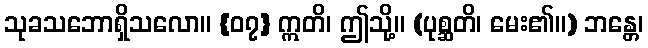
သုခသဘောရှိသလော။ {၀၇} ဣတိ၊ ဤသို့။ (ပုစ္ဆတိ၊ မေး၏။) ဘန္တေ၊